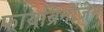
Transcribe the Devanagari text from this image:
फायब्रिनोजेन